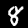
Label: 8